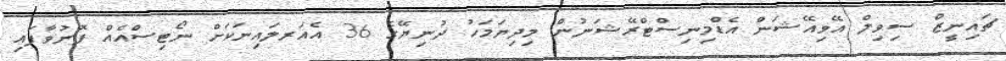
ޗައިނީޒް ސިވިލް އޭވިއޭޝަން އެޑްމިނިސްޓްރޭޝަނުން މިދިޔަމަހު ދުނިޔޭގެ 36 އެއަރލައިނަކަށް ނޯޓިސްއެއް ފޮނުވާފައި